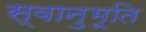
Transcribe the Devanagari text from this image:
स्‍वानुभूति